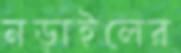
নড়াইলের